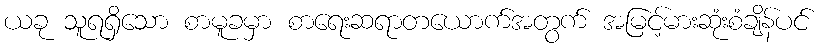
ယခု သူရရှိသော စာမူခမှာ စာရေးဆရာတယောက်အတွက် အမြင့်မားဆုံးစံချိန်ပင်